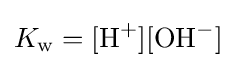
K_{\text{w}}={[\mathrm {H} {\vphantom {A}}^{+}][\mathrm {OH} {\vphantom {A}}^{-}]}